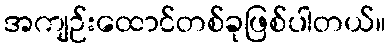
အကျဉ်းထောင်တစ်ခုဖြစ်ပါတယ်။